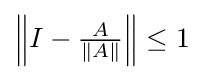
{\textstyle \left\|I-{\frac {A}{\|A\|}}\right\|\leq 1}